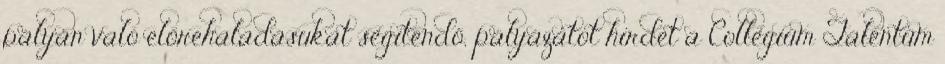
pályán való előrehaladásukat segítendő, pályázatot hirdet a Collegium Talentum